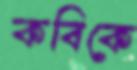
কবিকে